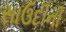
સાઉદીની